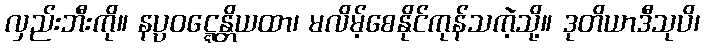
လှည်းဘီးကို။ နပ္ပဝဋ္ဋေန္တိယထာ၊ မလိမ့်စေနိုင်ကုန်သကဲ့သို့။ ဒုတိယာဒီသုပိ၊